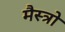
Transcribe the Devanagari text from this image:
मैस्त्रो